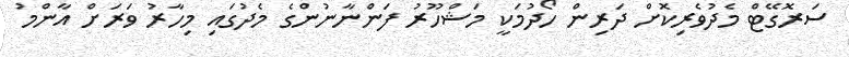
ސަރޮގޭޓް މެދުވެރިކޮށް ދަރިން ހޯދުމަކީ މަޝްހޫރު ފަންނާނުންގެ މެދުގައި މިހާރު ވަރަށް އާންމު